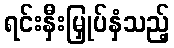
ရင်းနှီးမြှုပ်နှံသည့်